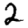
Digit: 2